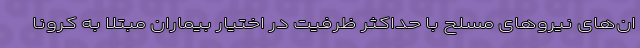
ان‌های نیروهای مسلح با حداکثر ظرفیت در اختیار بیماران مبتلا به کرونا